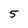
Character: 5